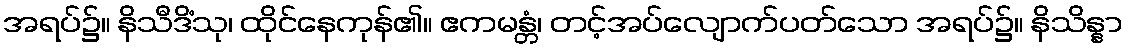
အရပ်၌။ နိသီဒိံသု၊ ထိုင်နေကုန်၏။ ဧကမန္တံ၊ တင့်အပ်လျောက်ပတ်သော အရပ်၌။ နိသိန္နာ